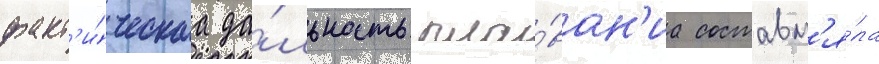
факт'и́ческаа да́льность пла́ван'иа составл'я́ла